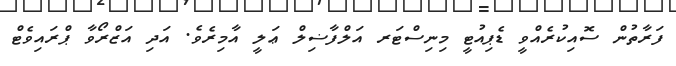
ފަރާތުން ސޮއިކުރެއްވީ ޑެޕިއުޓީ މިނިސްޓަރ އަލްފާޟިލް ޢަލީ އާމިރެވެ. އަދި އަޒްރޯވާ ޕްރައިވެޓް